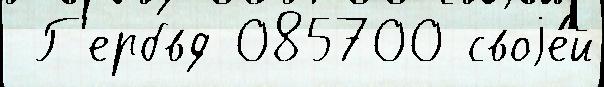
 Г'ербвд 085700 своjе́й